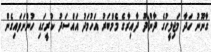
ގާނޫނު ހަދާ މަޖިލީހުގެ ދާންދޫ ދާއިރާގެ މެމްބަރު އަހުމަދު އައްސަދު ކުރީގައި ހުންނަވައިގެން